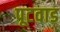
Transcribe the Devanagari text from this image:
पूटवाड